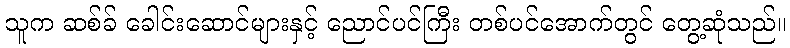
သူက ဆစ်ခ် ခေါင်းဆောင်များနှင့် ညောင်ပင်ကြီး တစ်ပင်အောက်တွင် တွေ့ဆုံသည်။